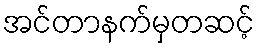
အင်တာနက်မှတဆင့်